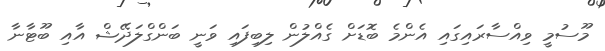
މޫސުމީ ވިއްސާރައިގައި އެންމެ ބޮޑަށް ގެއްލުން ލިބިފައި ވަނީ ބަންގްލަދޭޝް އާއި ބޫޓާނާ